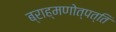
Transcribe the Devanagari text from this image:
ब्राह्मणोत्पत्ति